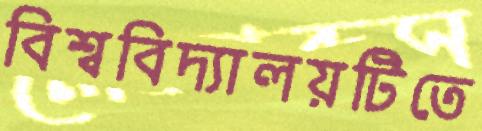
বিশ্ববিদ্যালয়টিতে